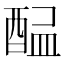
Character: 𨡇